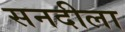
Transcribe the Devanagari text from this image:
सनदीला